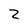
Character: 2